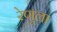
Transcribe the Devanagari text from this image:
रेणूला